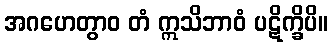
အဂဟေတွာဝ တံ ဣသိဘာဝံ ပဋိက္ခိပိ။